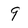
Character: 9